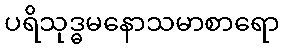
ပရိသုဒ္ဓမနောသမာစာရော